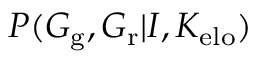
P ( G _ { \mathrm { g } } , G _ { \mathrm { r } } | I , K _ { \mathrm { e l o } } )